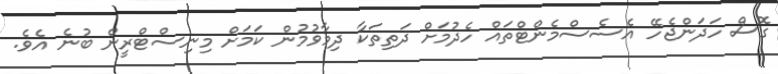
ގޮސް ހަދަންޖެހޭ އެސެސްމެންޓްތައް ހެދުމަށް ދަތިތަކާ ދިމާވުމުން ކަމަށް މިނިސްޓްރީން ބުނެ އެވެ.